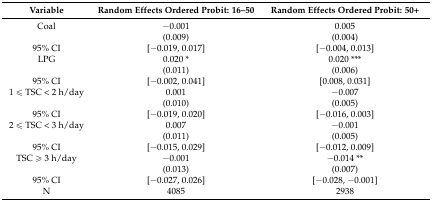
<table><thead><tr><td><b>Variable</b></td><td><b>Random Effects Ordered Probit: 16–50</b></td><td><b>Random Effects Ordered Probit: 50+</b></td></tr></thead><tbody><tr><td>Coal</td><td>−0.001</td><td>0.005</td></tr><tr><td></td><td>(0.009)</td><td>(0.004)</td></tr><tr><td>95% CI</td><td>[−0.019, 0.017]</td><td>[−0.004, 0.013]</td></tr><tr><td>LPG</td><td>0.020 *</td><td>0.020 ***</td></tr><tr><td></td><td>(0.011)</td><td>(0.006)</td></tr><tr><td>95% CI</td><td>[−0.002, 0.041]</td><td>[0.008, 0.031]</td></tr><tr><td>1 ≤ TSC &lt; 2 h/day</td><td>0.001</td><td>−0.007</td></tr><tr><td></td><td>(0.010)</td><td>(0.005)</td></tr><tr><td>95% CI</td><td>[−0.019, 0.020]</td><td>[−0.016, 0.003]</td></tr><tr><td>2 ≤ TSC &lt; 3 h/day</td><td>0.007</td><td>−0.001</td></tr><tr><td></td><td>(0.011)</td><td>(0.005)</td></tr><tr><td>95% CI</td><td>[−0.015, 0.029]</td><td>[−0.012, 0.009]</td></tr><tr><td>TSC ≥ 3 h/day</td><td>−0.001</td><td>−0.014 **</td></tr><tr><td></td><td>(0.013)</td><td>(0.007)</td></tr><tr><td>95% CI</td><td>[−0.027, 0.026]</td><td>[−0.028, −0.001]</td></tr><tr><td>N</td><td>4085</td><td>2938</td></tr></tbody></table>